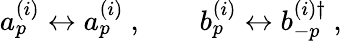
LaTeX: a_{p}^{(i)}\leftrightarrow a_{p}^{(i)}\ ,\qquad b_{p}^{(i)}\leftrightarrow b_{-p}^{(i)\dagger}\ ,